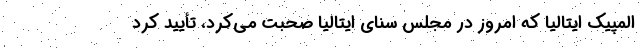
المپیک ایتالیا که امروز در مجلس سنای ایتالیا صحبت می‌کرد، تأیید کرد